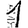
Digit: 1